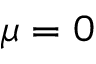
\mu = 0